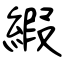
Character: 縀